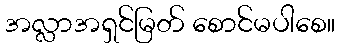
အလ္လာအရှင်မြတ် စောင်မပါစေ။